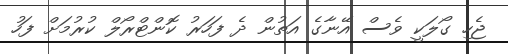
ޖެހި ގޯލަކީ ވެސް އޭނާގެ އަތުން ދެ ފަހަރު ކޮންޓްރޯލް ކުރުމަށް ފަހު